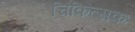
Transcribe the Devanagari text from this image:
चिकित्सकः